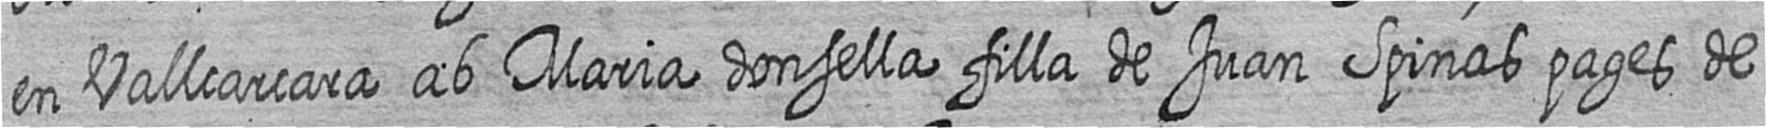
en Vallcarcara ab Maria donsella filla de Juan Spinas pages de